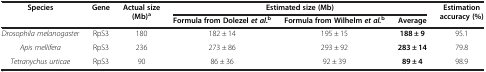
<table><thead><tr><td rowspan="2"><b>Species</b></td><td rowspan="2"><b>Gene</b></td><td rowspan="2"><b>Actual size (Mb)<sup>a</sup></b></td><td colspan="3"><b>Estimated size (Mb)</b></td><td rowspan="2"><b>Estimation accuracy (%)</b></td></tr><tr><td><b>Formula from Dolezel <i>et al</i>.<sup>b</sup></b></td><td><b>Formula from Wilhelm <i>et al.</i><sup>b</sup></b></td><td><b>Average</b></td></tr></thead><tbody><tr><td><i>Drosophila melanogaster</i></td><td>RpS3</td><td>180</td><td>182 ± 14</td><td>195 ± 15</td><td><b>188 ± 9</b></td><td>95.1</td></tr><tr><td><i>Apis mellifera</i></td><td>RpS3</td><td>236</td><td>273 ± 86</td><td>293 ± 92</td><td><b>283 ± 14</b></td><td>79.8</td></tr><tr><td><i>Tetranychus urticae</i></td><td>RpS3</td><td>90</td><td>86 ± 36</td><td>92 ± 39</td><td><b>89 ± 4</b></td><td>98.9</td></tr></tbody></table>